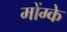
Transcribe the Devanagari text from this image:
मोंग्के